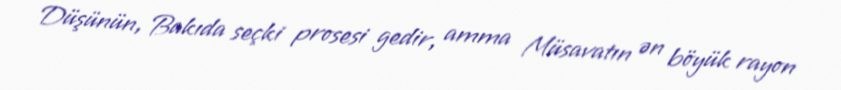
Düşünün, Bakıda seçki prosesi gedir, amma Müsavatın ən böyük rayon